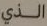
الذي